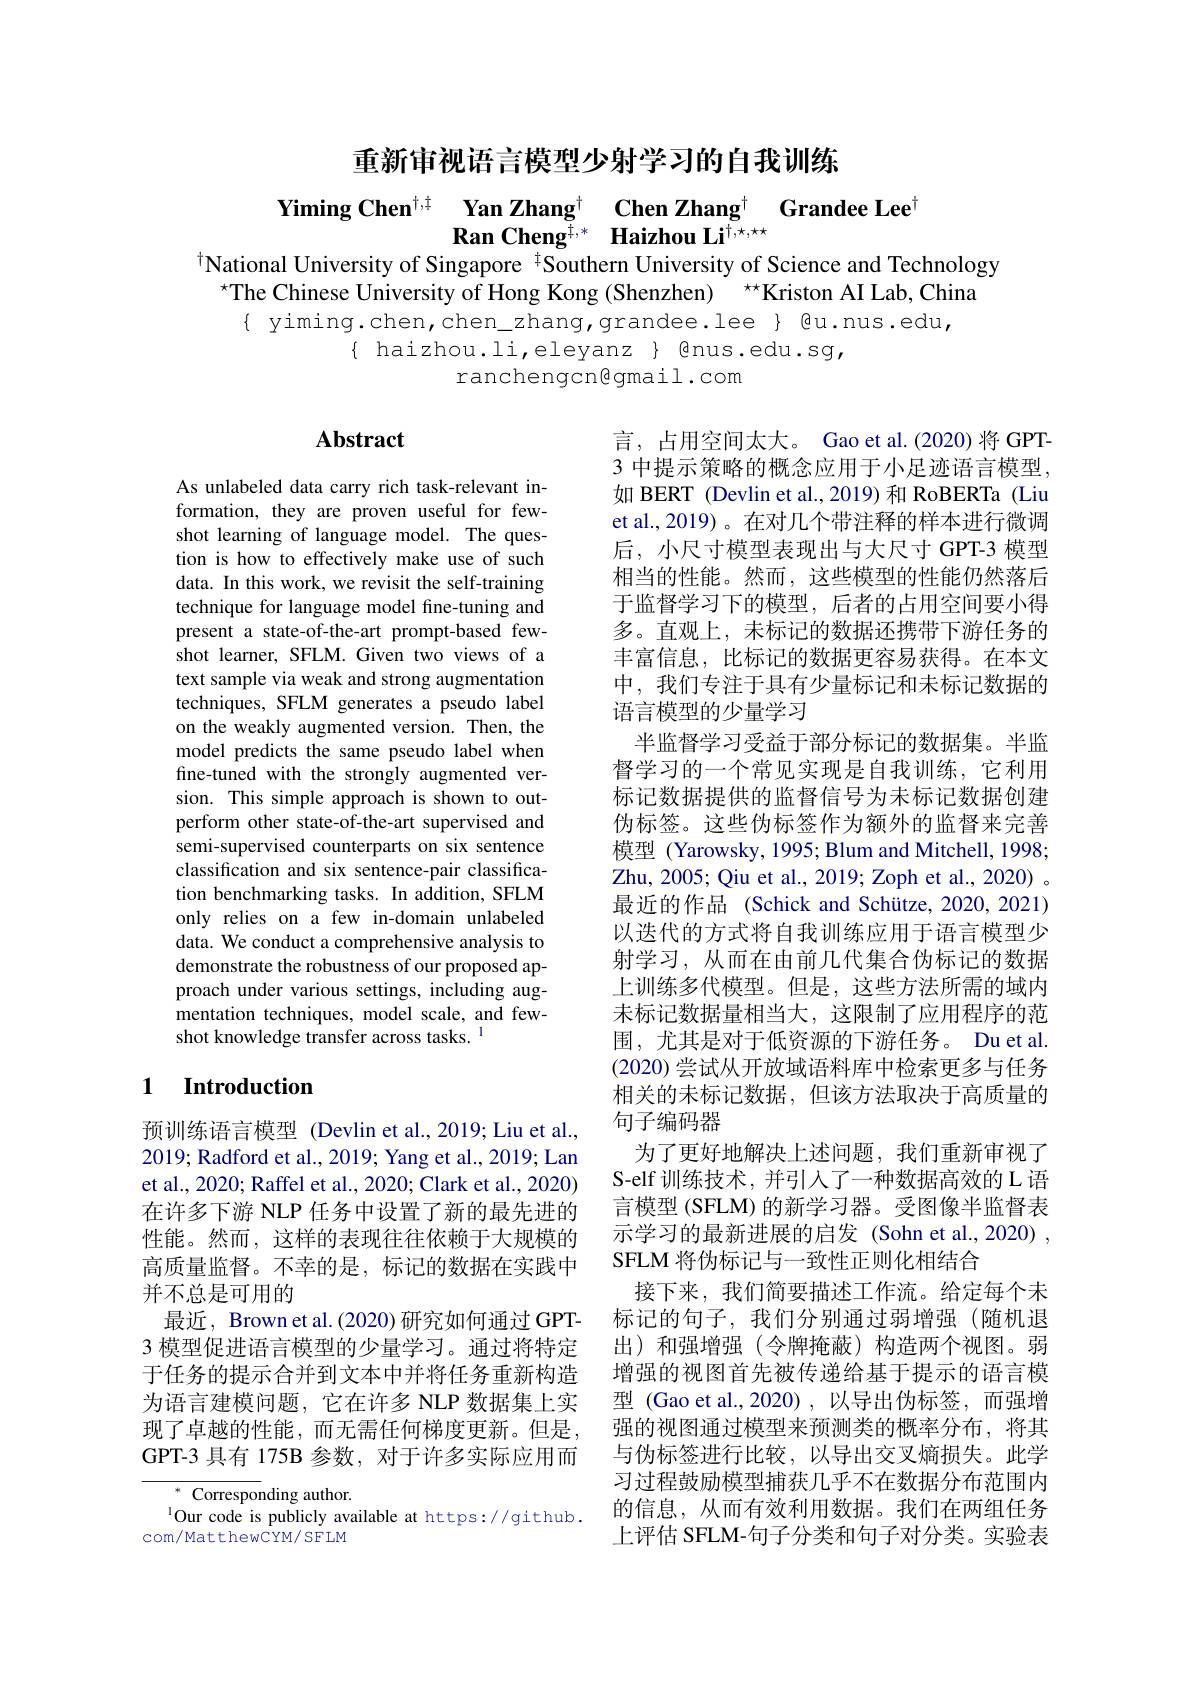
重新审视语言模型少射学习的自我训练

$\begin{array}{cc}\textbf{Yiming Chen}^{\dagger,\dagger}&\textbf{Yan Zhang}^\dagger&\textbf{Chen Zhang}^\dagger\\\textbf{Ran Cheng}^{\dagger,*}&\text{Haizhou Li}^{\dagger,\star,\star\star}\end{array}$Grandee Lee$^\dagger$
$^{\dagger}$National University of Singapore $^{\dagger}$Southern University of Science and Technology

$^{\star}$The Chinese University of Hong Kong (Shenzhen) $^{\star\star}$Kriston AI Lab, China
{ yiming.chen, chen\_zhang, grandee. lee} { @u.nus.edu,
$\{$ haizhou.li,eleyanz $\}$ @nus.edu.sg,
ranchengcn@gmail.com

## Abstract

As unlabeled data carry rich task-relevant information, they are proven useful for fewshot learning of language model. The question is how to effectively make use of such data. In this work, we revisit the self-training technique for language model fine-tuning and present a state-of-the-art prompt-based fewshot learner, SFLM. Given two views of a text sample via weak and strong augmentation techniques, SFLM generates a pseudo label on the weakly augmented version. Then, the model predicts the same pseudo label when fine-tuned with the strongly augmented version. This simple approach is shown to outperform other state-of-the-art supervised and semi-supervised counterparts on six sentence classification and six sentence-pair classification benchmarking tasks. In addition, SFLM only relies on a few in-domain unlabeled data. We conduct a comprehensive analysis to demonstrate the robustness of our proposed approach under various settings, including augmentation techniques, model scale, and fewshot knowledge transfer across tasks.$^{1}$

言，占用空间太大。Gao et al.(2020)将 GPT- 3 中提示策略的概念应用于小足迹语言模型如 BERT (Devlin et al., 2019) 和 RoBERTa (Liu et al.,2019)。在对几个带注释的样本进行微调后，小尺寸模型表现出与大尺寸 GPT-3 模型相当的性能。然而，这些模型的性能仍然落后于监督学习下的模型，后者的占用空间要小得多。直观上，未标记的数据还携带下游任务的丰富信息，比标记的数据更容易获得。在本文中，我们专注于具有少量标记和未标记数据的语言模型的少量学习
半监督学习受益于部分标记的数据集。半监督学习的一个常见实现是自我训练，它利用标记数据提供的监督信号为未标记数据创建伪标签。这些伪标签作为额外的监督来完善模型 (Yarowsky, 1995; Blum and Mitchell, 1998; Zhu, 2005; Qiu et al., 2019; Zoph et al., 2020) 。最近的作品 (Schick and Schütze, 2020, 2021) 以迭代的方式将自我训练应用于语言模型少射学习，从而在由前几代集合伪标记的数据上训练多代模型。但是，这些方法所需的域内未标记数据量相当大，这限制了应用程序的范围，尤其是对于低资源的下游任务。Du et al (2020)尝试从开放域语料库中检索更多与任务相关的未标记数据，但该方法取决于高质量的句子编码器
为了更好地解决上述问题，我们重新审视了S-elf 训练技术，并引人了一种数据高效的 L 语言模型 (SFLM) 的新学习器。受图像半监督表示学习的最新进展的启发 (Sohn et al.,2020) , SFLM 将伪标记与一致性正则化相结合
接下来，我们简要描述工作流。给定每个未标记的句子，我们分别通过弱增强(随机退出)和强增强(令牌掩蔽)构造两个视图。弱增强的视图首先被传递给基于提示的语言模型 (Gao et al.,2020),以导出伪标签，而强增强的视图通过模型来预测类的概率分布，将其与伪标签进行比较，以导出交叉熵损失。此学习过程鼓励模型捕获几乎不在数据分布范围内的信息，从而有效利用数据。我们在两组任务上评估 SFLM-句子分类和句子对分类。实验表

### 1 $\textbf{Introduction}$

预训练语言模型 (Devlin et al.,2019; Liu et al., 2019; Radford et al., 2019; Yang et al., 2019; Lan et al., 2020; Raffel et al., 2020; Clark et al., 2020) 在许多下游 NLP 任务中设置了新的最先进的性能。然而，这样的表现往往依赖于大规模的高质量监督。不幸的是，标记的数据在实践中并不总是可用的
最近，Brown et al.(2020) 研究如何通过 GPT- 3 模型促进语言模型的少量学习。通过将特定于任务的提示合并到文本中并将任务重新构造为语言建模问题，它在许多 NLP 数据集上实现了卓越的性能，而无需任何梯度更新。但是， GPT-3 具有 175B 参数，对于许多实际应用而

$^{*}$Corresponding author.
$^{1}$Our code is publicly available at https://github.
com/MatthewCYM/SFLM